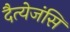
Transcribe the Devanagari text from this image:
दैत्येजंसि